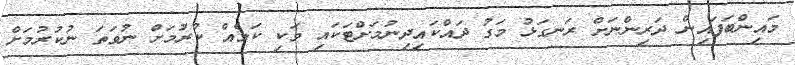
މައިންބަފައިން ދަރިންނަށް ރަނގަޅު މަގު ދައްކައިދިނުމަށްޓަކައި ވަކި ކަމެއް ކުރުމަށް ނުވަތަ ނުކުރުމަށް